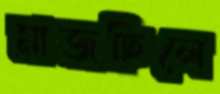
মাজছিলে